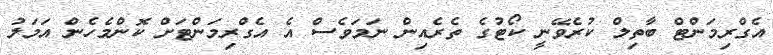
އެގްރިމަންޓް ބާތިލް ކުރެވޭނީ ކޯޓުގެ ތެރެއިން ނަމަވެސް އެ އެގްރިމަންޓަށް ކޮންމެހެން އަމަލު